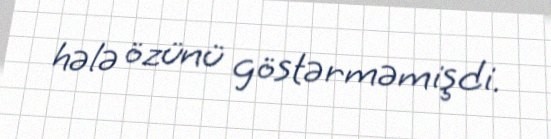
hələ özünü göstərməmişdi.